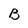
Character: B